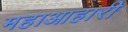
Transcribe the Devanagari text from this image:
महाआहारी